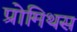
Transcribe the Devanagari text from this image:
प्रोमिथस